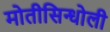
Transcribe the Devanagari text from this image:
मोतीसिन्धोली